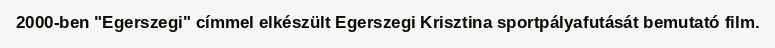
2000-ben "Egerszegi" címmel elkészült Egerszegi Krisztina sportpályafutását bemutató film.